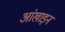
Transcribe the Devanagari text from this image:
आंखाइन